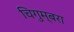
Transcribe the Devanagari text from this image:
चिगुम्बरा